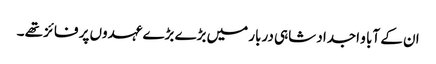
ان کے آبا و اجداد شاہی دربار میں بڑے بڑے عہدوں پر فائز تھے ۔